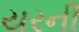
યરની